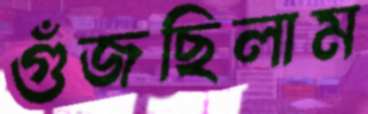
গুঁজছিলাম